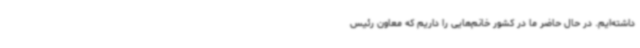
داشته‌ایم. در حال حاضر ما در کشور خانم‌هایی را داریم که معاون رئیس